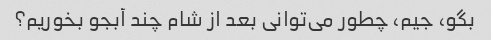
بگو، جیم، چطور می‌توانی بعد از شام چند آبجو بخوریم؟